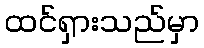
ထင်ရှားသည်မှာ